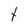
Character: t